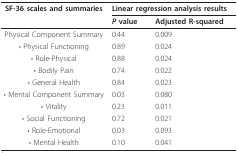
<table><thead><tr><td><b>SF-36 scales and summaries</b></td><td colspan="2"><b>Linear regression analysis results</b></td></tr><tr><td></td><td><b><i>P </i>value</b></td><td><b>Adjusted R-squared</b></td></tr></thead><tbody><tr><td>Physical Component Summary</td><td>0.44</td><td>0.009</td></tr><tr><td>• Physical Functioning</td><td>0.89</td><td>0.024</td></tr><tr><td>• Role-Physical</td><td>0.88</td><td>0.024</td></tr><tr><td>• Bodily Pain</td><td>0.74</td><td>0.022</td></tr><tr><td>• General Health</td><td>0.84</td><td>0.023</td></tr><tr><td>• Mental Component Summary</td><td>0.03</td><td>0.080</td></tr><tr><td>• Vitality</td><td>0.23</td><td>0.011</td></tr><tr><td>• Social Functioning</td><td>0.72</td><td>0.021</td></tr><tr><td>• Role-Emotional</td><td>0.03</td><td>0.093</td></tr><tr><td>• Mental Health</td><td>0.10</td><td>0.041</td></tr></tbody></table>